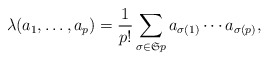
\begin{align*}\lambda(a_1,\ldots, a_p) = \frac{1}{p!}\sum_{\sigma\in \mathfrak{S}p}{a}_{\sigma(1)}\cdots {a}_{\sigma(p)},\end{align*}